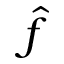
\hat { f }